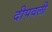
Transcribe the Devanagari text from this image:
दीपवली